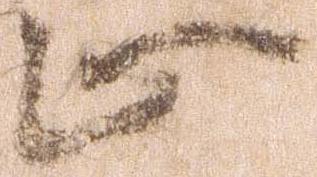
止